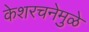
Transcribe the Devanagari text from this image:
केशरचनेमुळे